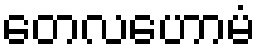
တေလဟောမံ